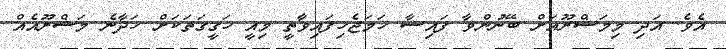
އެވެ. އަދި މިމަޝްރޫއަށް ބޭނުންވާ ފައިސާ ހަމަޖެހިފައިވާތީ މިއީ ހަގީގަތަކަށް ހަދާނެ މަޝްރޫއެއް